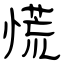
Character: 慌